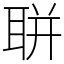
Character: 聠